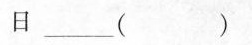
日___( )